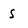
Character: s